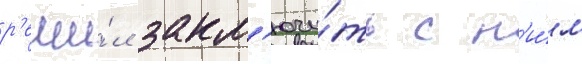
р'еши́л закл'ючи́ть с н'и́м